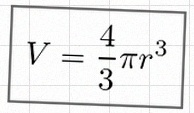
V=\frac43\pi r^3